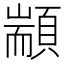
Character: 顓